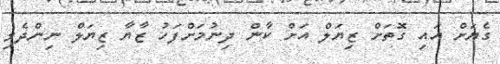
ގެޔަށް އައި ގޮތަށް ޒިޔަލް އަށް ކާން ދިނުމަށްފަހު ޒާޔާ ޒިޔަލް ނިންދެވި